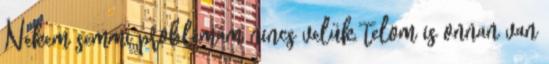
Nekem semmi problémám nincs velük, telom is onnan van